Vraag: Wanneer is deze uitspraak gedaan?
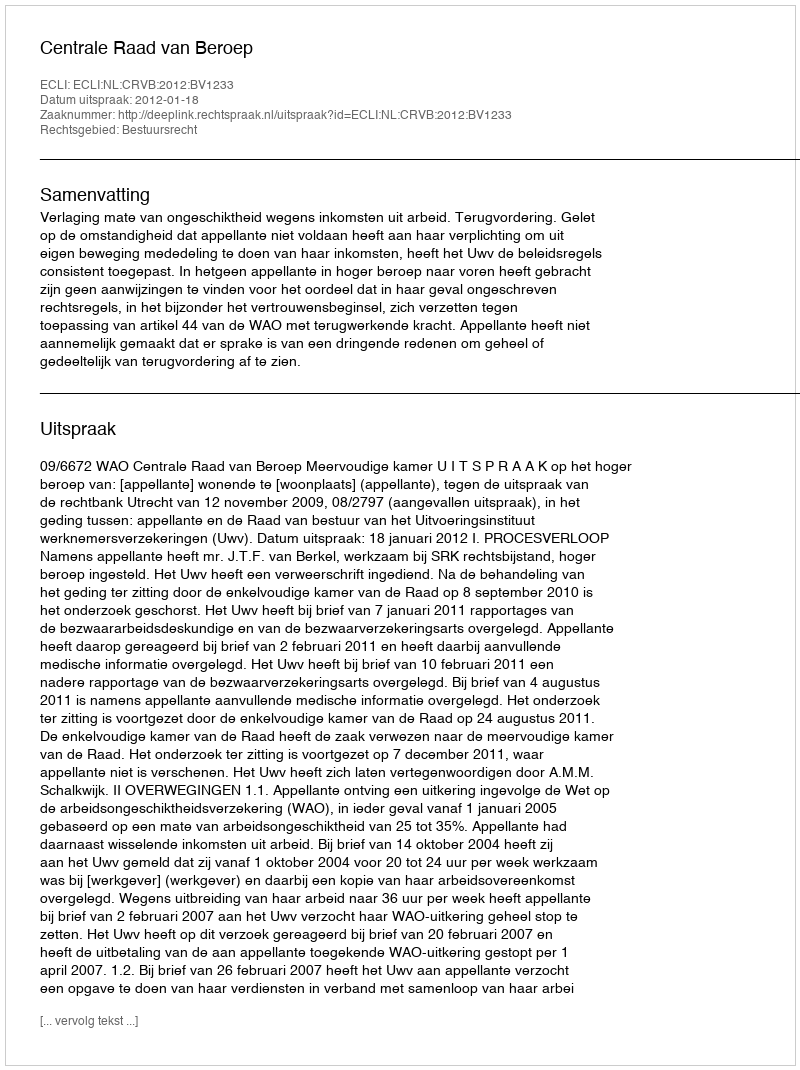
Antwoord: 2012-01-18